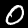
Label: 0